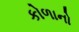
કોળાનો